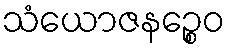
သံယောဇနဉ္စေဝ